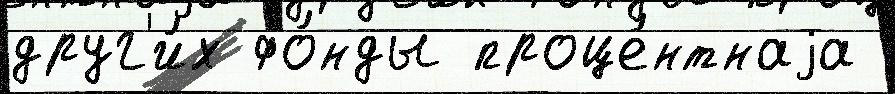
друг'и́х фо́нды проце́нтнаjа